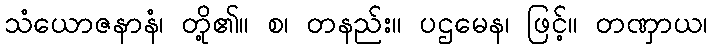
သံယောဇနာနံ၊ တို့၏။ စ၊ တနည်း။ ပဌမေန၊ ဖြင့်။ တဏှာယ၊